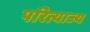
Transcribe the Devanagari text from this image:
परित्याज्य